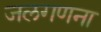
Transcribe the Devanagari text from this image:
जलगणना